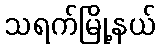
သရက်မြို့နယ်